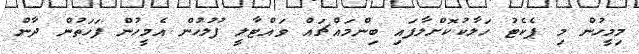
މިމީހުން މި ޕެކެޓު ހަލާކުކޮށްލާފައި ބިންމައްޗައް ވައްޓާލީ ފުލުހުން އެމީހުން ފަހަތުން ދާން